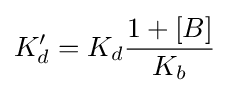
K_{d}'=K_{d}{\frac {1+[B]}{K_{b}}}